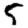
Digit: 5